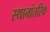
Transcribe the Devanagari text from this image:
स्थानांतरिक